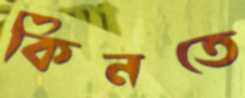
কিনতে